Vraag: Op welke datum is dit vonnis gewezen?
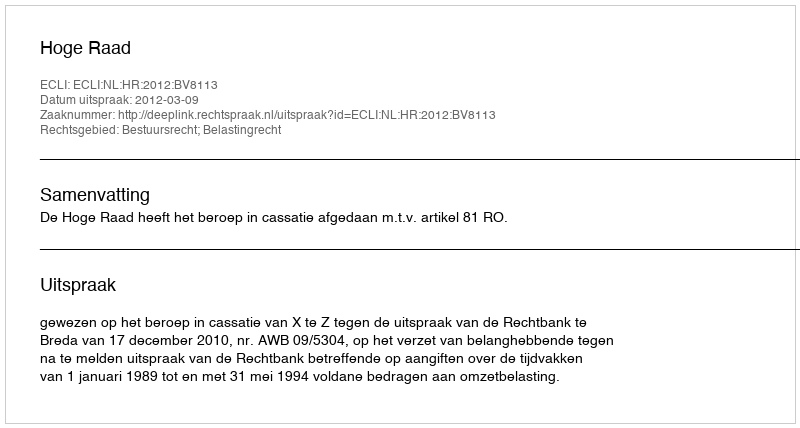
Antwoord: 2012-03-09